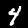
Digit: 4